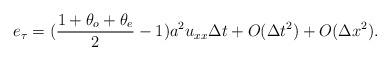
LaTeX: \begin{align*}e_{\tau} = (\dfrac{1+\theta_o+\theta_e}{2}-1) a^2 u_{xx} \Delta t +O(\Delta t^2) +O(\Delta x^2).\end{align*}